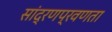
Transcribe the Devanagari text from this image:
सांद्रणप्रवणता